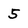
Character: 5